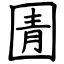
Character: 圊